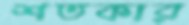
শতকার